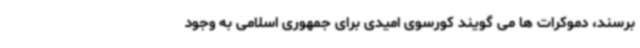
برسند، دموکرات ها می گویند کورسوی امیدی برای جمهوری اسلامی به وجود